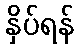
နှိပ်ရန်